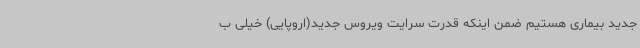
جدید بیماری هستیم ضمن اینکه قدرت سرایت ویروس جدید(اروپایی) خیلی ب